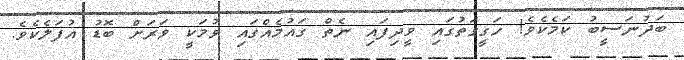
ބަދުނަސީބު ކަމެކެވެ! ހަގީގަތުގައި ވީދިފައި ނެތް ގައުމެއްގައި ވުމަކީ ވަރަށް ބޮޑު އުފަލެކެވެ.